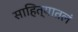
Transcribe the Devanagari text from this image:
साहित्यातलं